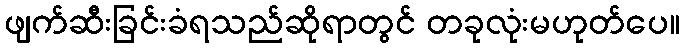
ဖျက်ဆီးခြင်းခံရသည်ဆိုရာတွင် တခုလုံးမဟုတ်ပေ။